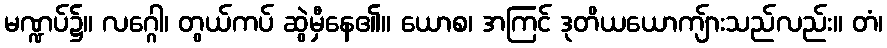
မဏ္ဍပ်၌။ လဂ္ဂေါ၊ တွယ်ကပ် ဆွဲမှီနေ၏။ ယောစ၊ အကြင် ဒုတိယယောကျ်ားသည်လည်း။ တံ၊